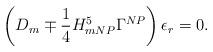
LaTeX: \begin{align*}\left( D_{m} \mp \frac{1}{4}H^5_{m NP} \Gamma^{NP} \right) \epsilon_r = 0.\end{align*}